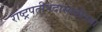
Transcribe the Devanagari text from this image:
राष्ट्रपतीपदासाठीच्या